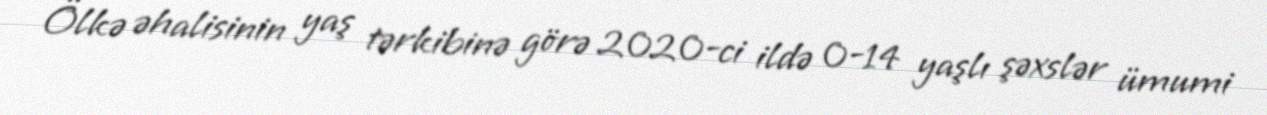
Ölkə əhalisinin yaş tərkibinə görə 2020-ci ildə 0-14 yaşlı şəxslər ümumi